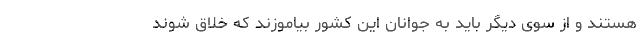
هستند و از سوی دیگر باید به جوانان این کشور بیاموزند که خلاق شوند